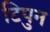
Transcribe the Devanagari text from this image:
टिपुन